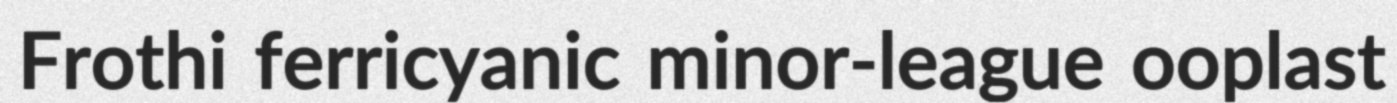
Frothi ferricyanic minor-league ooplast